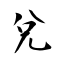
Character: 兌